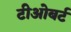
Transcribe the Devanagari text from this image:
टीओबर्ट